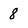
Character: 8